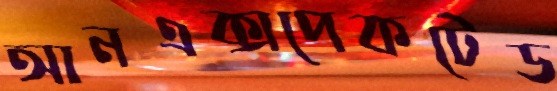
আনএক্সপেকটেড